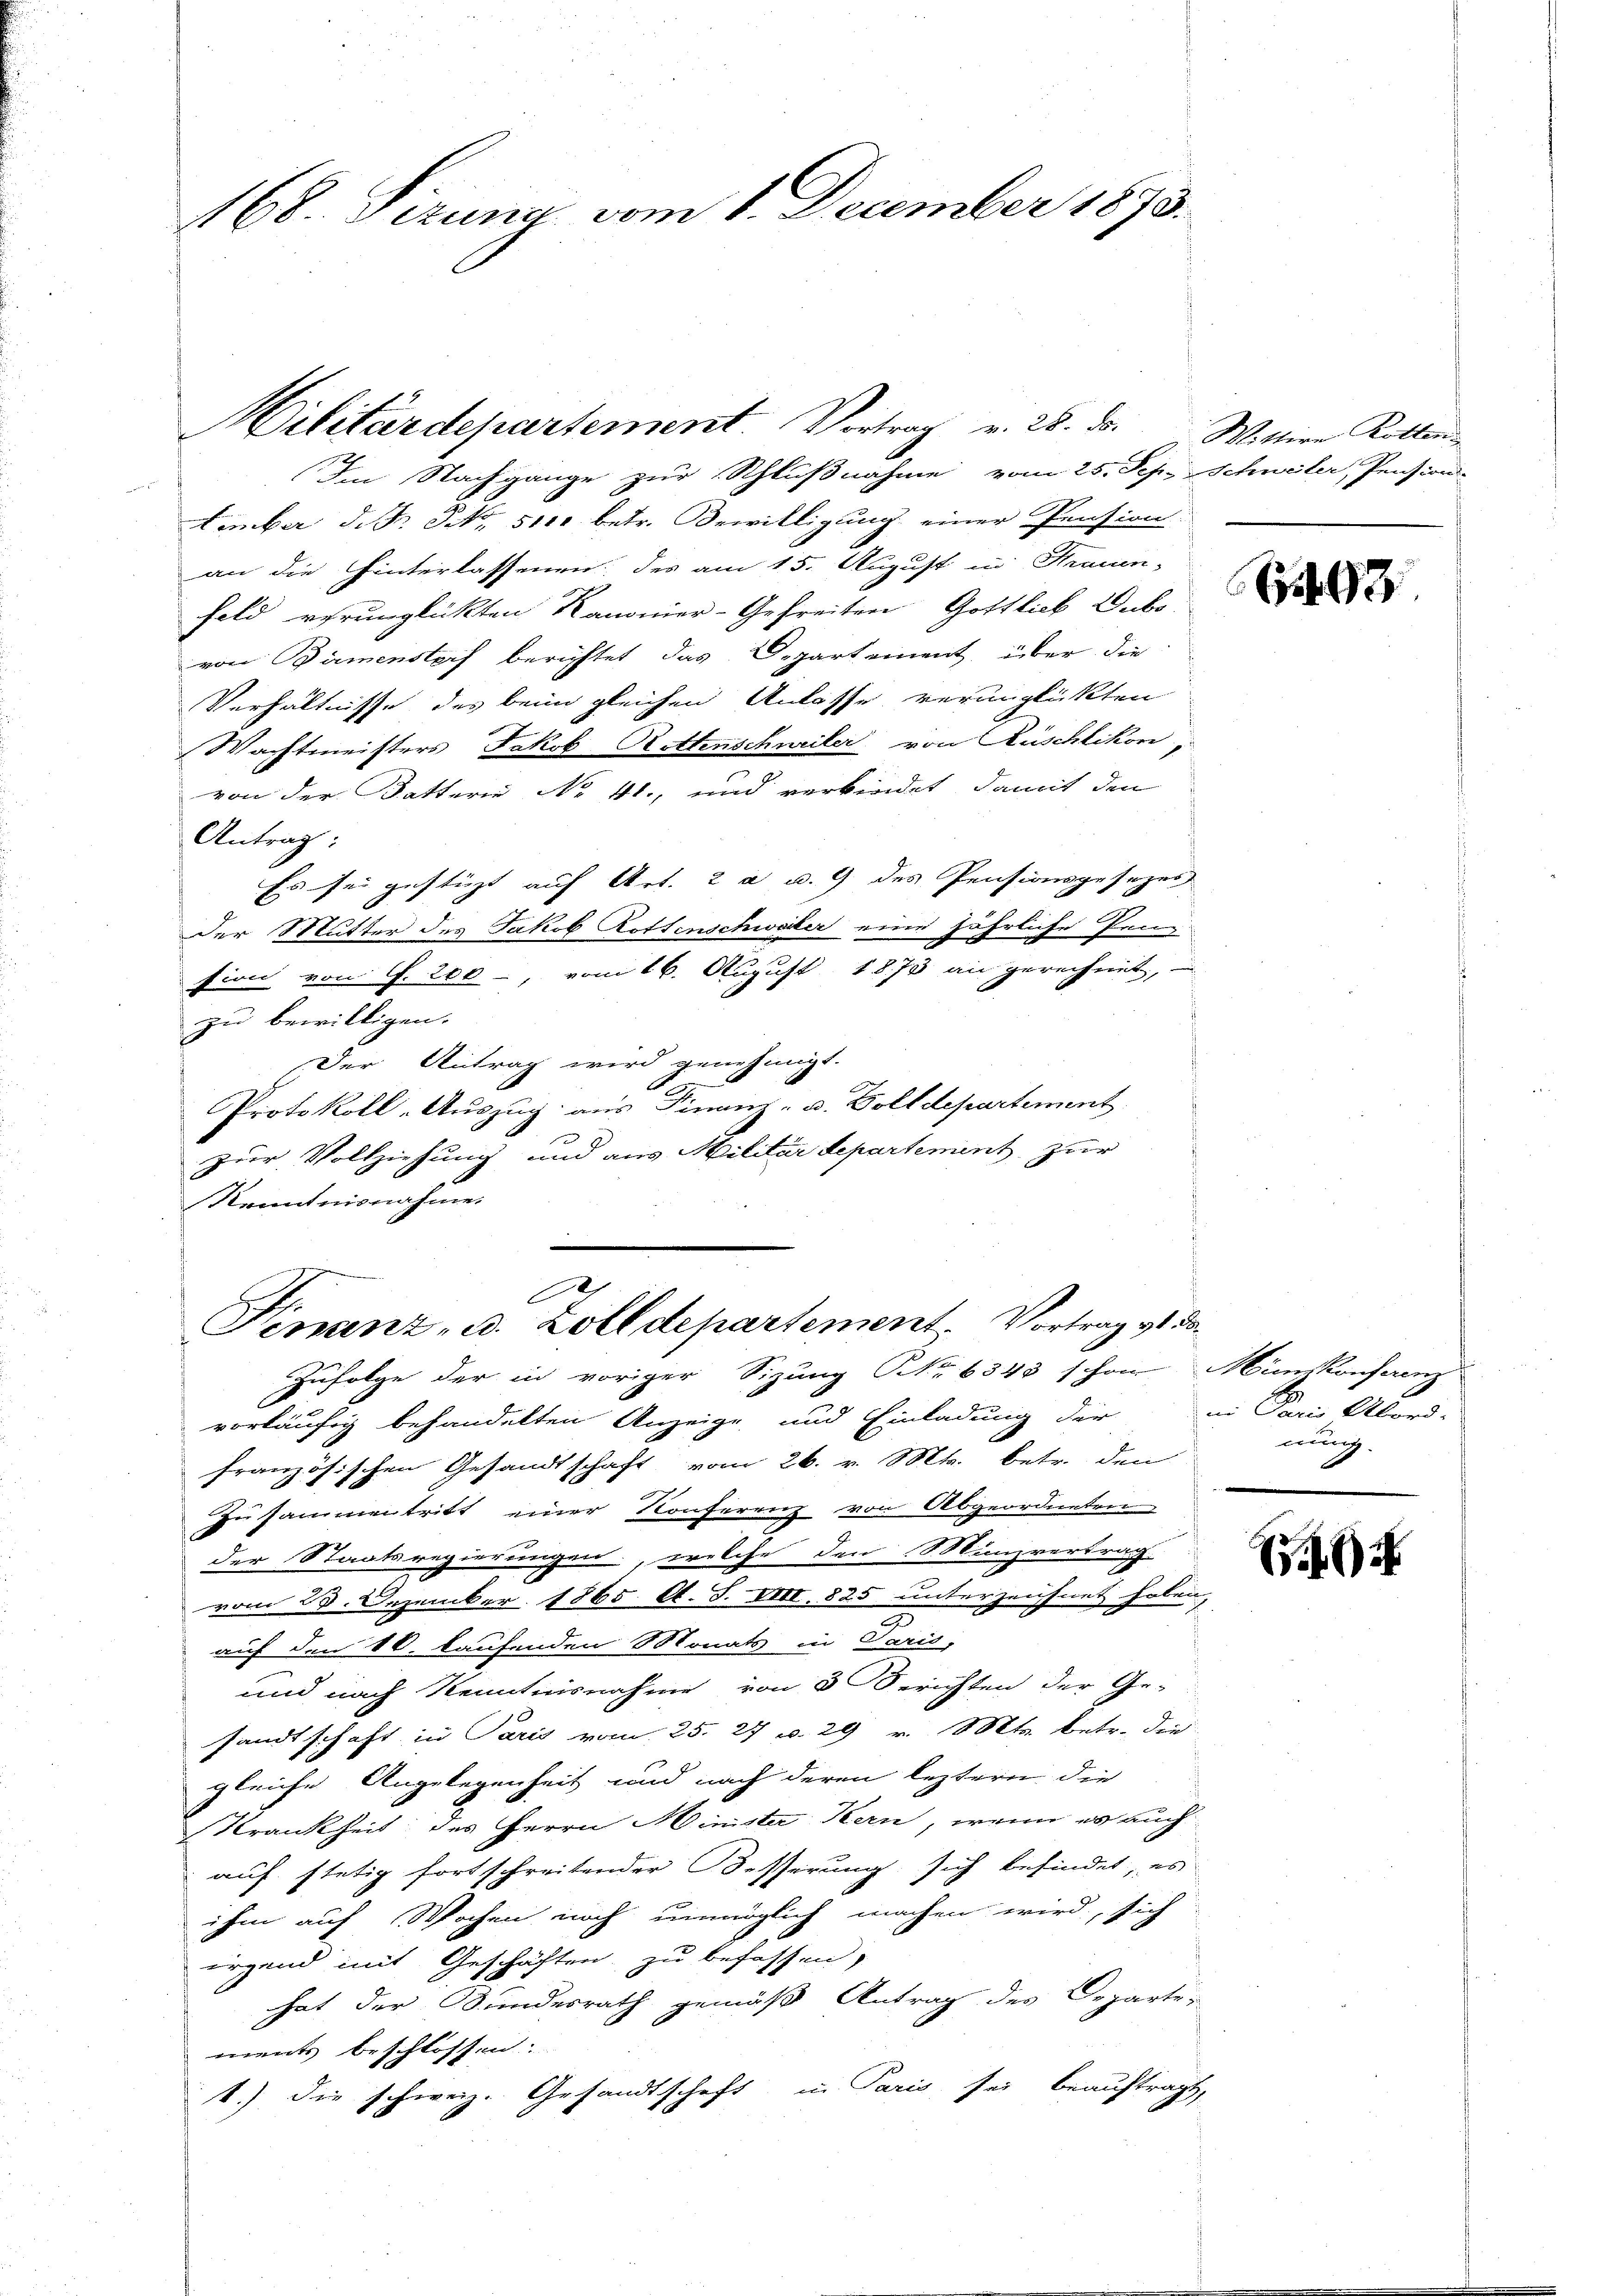
168 Sizung vom 1. December 1873.

Bilitärdepartement. Vortrag v. 28. ds. Wittire Rottes
Im Nachgange zur Schlußnahme vom 25. Sep. Schweler, Pension
tember d. J. NNo. 5100 betr. Bewilligung einer Pension.
an die hinterlassenen, des am 15. August in Frauen-
Feld verunglickten Kanonier-Gefreiten Gottlich Dubo-
von Birmenstorf berichtet das Departement über die
Verhältnisse des beim gleichen Anlasse verunglickten
Wachtmeisters Jakob Rottenschweiler von Rüschlikon
von der Katterie No 41. und verbindet, damit den
Antrag:
Es sei gestüzt auf Art. 2 a u. 9 des Pensionsgesezes
Der Mutter des Jakob Rottenschwaler eine jährliche Prin-
sion von G. 200, vom 16. August 1873 an gerechnet,
zu bewilligen.
Der Antrag wird genehmigt.
2
Protokoll-Auszug aus Finanz- u. Dolldepartement
zur Vollziehung und aus Militar Separtement zur
Kenntnisnahme.
A
Finanz- u. Zolldepartement. Vortrag vt da
Zufolge der in voriger Sizung Nr. 6343 schon Münzkonferenz
vorläufig behandelten Anzeige und Einladung der
französischen Gesandtschaft vom 26. v. Mts. betr. den
Zusammentritt einer Konferenz von Abgeordneten
der Staatsregierungen, welche den Munzvertrag
vom 23. Dezember 1865 A. S. VIII. 825 unterzeichnet haben,
auf den 10. laufenden Monats in Paris,
und nach Kenntnisnahme von 3 Berichten der Ge-
sandtschaft in Paris vom 25. 27 v. 29 v. Mts. betr. die
gleiche Angelegenheit und nach deren leztern die
Krankheit des Herrn Minister Kern, wenn es auch
auf stetig fortschreitender Besserung sich befindet, es
ihm auf Wochen noch unmöglich machen wird, sich
irgend mit Geschäften zu befassen,
hat der Bundesrath gemäß Antrag des Departe-
ments beschlossen
1.) die schweiz. Gesandtschaft in Paris sei beauftragt,

3

B
in Paris Abord-
nung.

4